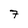
Character: 7